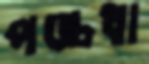
পঙ্চধা